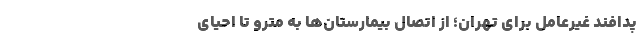
پدافند غیرعامل برای تهران؛ از اتصال بیمارستان‌ها به مترو تا احیای